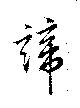
諦